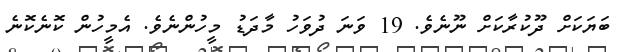
ބަޔަކަށް ދޫކުރާކަށް ނޫނެވެ. 19 ވަނަ ދުވަހު މާދަޑު މީހުންނެވެ. އެމީހުން ކޮނެކޮނެ